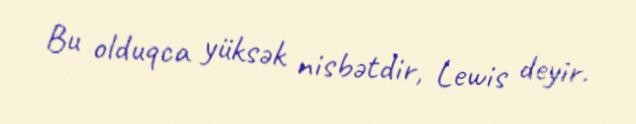
Bu olduqca yüksək nisbətdir, Lewis deyir.